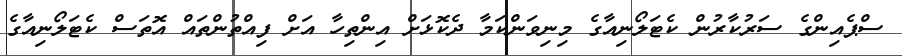
ސްޕެއިންގެ ސަރުކާރުން ކެޓަލޯނިއާގެ މިނިވަންކަަމާ ދެކޮޅަށް އިންތިހާ އަށް ފިއްތުންތައް އޮތަސް ކެޓަލޯނިއާގެ